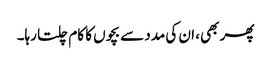
پھر بھی، ان کی مدد سے بچوں کا کام چلتا رہا۔